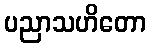
ပညာသဟိတော